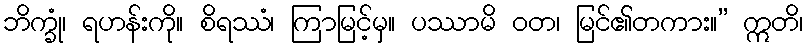
ဘိက္ခုံ၊ ရဟန်းကို။ စိရဿံ၊ ကြာမြင့်မှ။ ပဿာမိ ဝတ၊ မြင်၏တကား။” ဣတိ၊